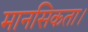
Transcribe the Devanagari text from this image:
मानसिकता।